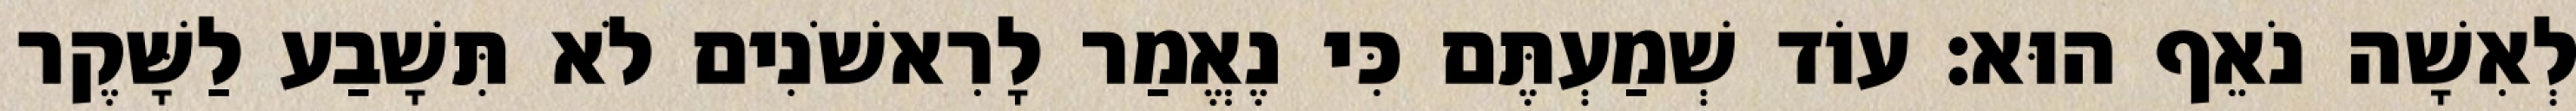
לְאִשָׁה נֹאֵף הוּא׃ עוֹד שְׁמַעְתֶּם כִּי נֶאֱמַר לָרִאשֹׁנִים לֹא תִּשָׁבַע לַשָּׁקֶר